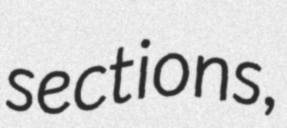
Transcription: sections,